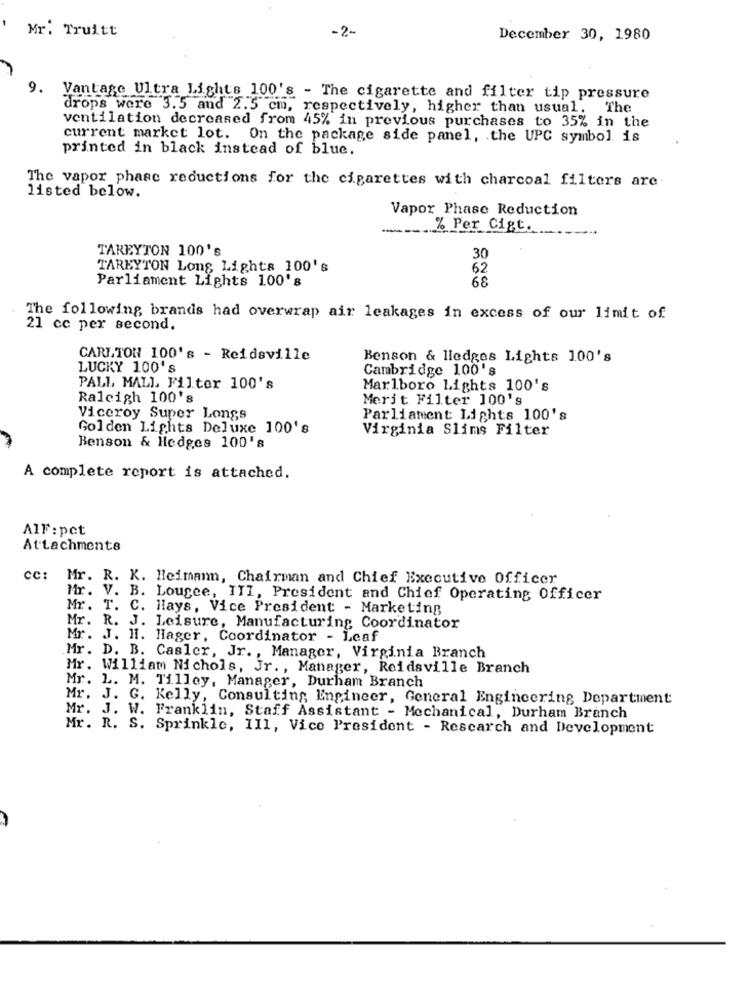
Mr. Truitt
-2-
December 30, 1980
9. Vantage Ultra Lights 100's - The cigarette and filter tip pressure
drops were 3.5 and 2.5 cm, respectively, higher than usual. The
ventilation decreased from 45% in previous purchases to 35% in the
current market lot. On the package side panel, the UPC symbol is
printed in black instead of blue.
The vapor phase reductions for the cigarettes with charcoal filters are
listed below.
Vapor Phase Reduction
--
% Per Cigt.
TAREYTON 100's
30
TAREYTON Long Lights 100's
62
Parliament Lights 100's
68
The following brands had overwrap air leakages in excess of our limit of
21 cc per second.
CARLTON 100's - Reidsville
Benson & lledges Lights 100's
LUCKY 100's
Cambridge 100's
PALL MALL Filter 100's
Marlboro Lights 100's
Raleigh 100's
Merit Filter 100's
Viceroy Super Longs
Parliament Lights 100's
Golden Lights Deluxe 100's
Virginia Slims Filter
Benson & Hedges 100's
A complete report is attached.
AlF : pct
Attachments
cc:
Mr. R. K. Heimann, Chairman and Chief Executive Officer
Mr. V. B. Lougee, ITI, President and Chief Operating Officer
Mr. T. C. Hays, Vice President - Marketing
Mr. R. J. Leisure, Manufacturing Coordinator
Mr.
J. H. Hager, Coordinator - Leaf
Mr. D. B. Casler, Jr. , Manager, Virginia Branch
Mr. William Nichols, Jr. , Manager, Reidsville Branch
Mr. L. M. Tilley, Manager, Durham Branch
Mr. J. G. Kelly, Consulting, Engineer, General Engineering Department
Mr. J. W. Franklin, Staff Assistant - Mechanical, Durham Branch
Mr. R. S. Sprinkle, III, Vice President - Research and Development